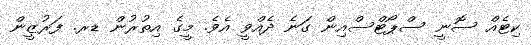
ކިޓެއް ސޮނީ ސްޕޯޓްސްއިން ގަނެ ދެއްވީ އެވެ. މީގެ އިތުރުން ޑރ. ފަރުޒީން